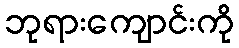
ဘုရားကျောင်းကို